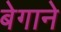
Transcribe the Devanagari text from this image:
बेगाने